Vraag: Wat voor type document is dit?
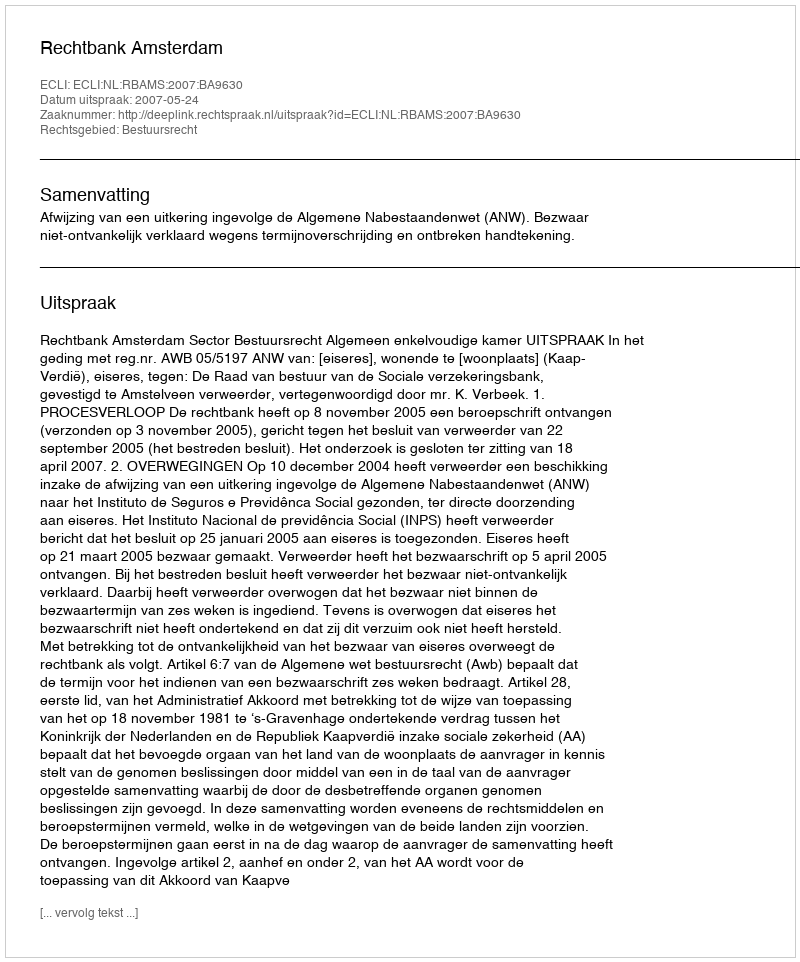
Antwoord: Uitspraak